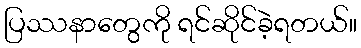
ပြဿနာတွေကို ရင်ဆိုင်ခဲ့ရတယ်။